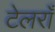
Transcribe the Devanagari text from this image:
टेलराँ